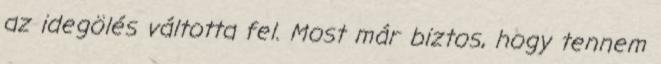
az idegölés váltotta fel. Most már biztos, hogy tennem